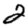
Digit: 2